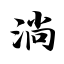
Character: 淌